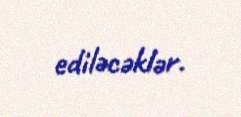
ediləcəklər.